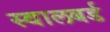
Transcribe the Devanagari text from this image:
स्वालबर्ड